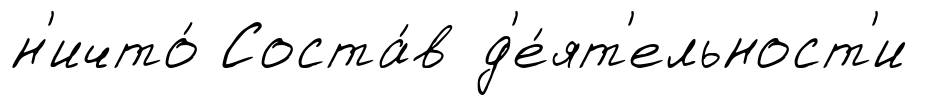
н'ичто́ Соста́в д'е́ят'ельност'и